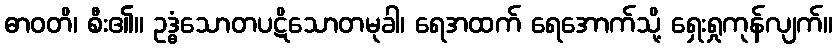
ဓာဝတိ၊ စီး၏။ ဥဒ္ဓံသောတပဋိသောတမုခါ၊ ရေအထက် ရေအောက်သို့ ရှေးရှုကုန်လျက်။